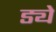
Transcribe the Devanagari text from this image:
ड्ये